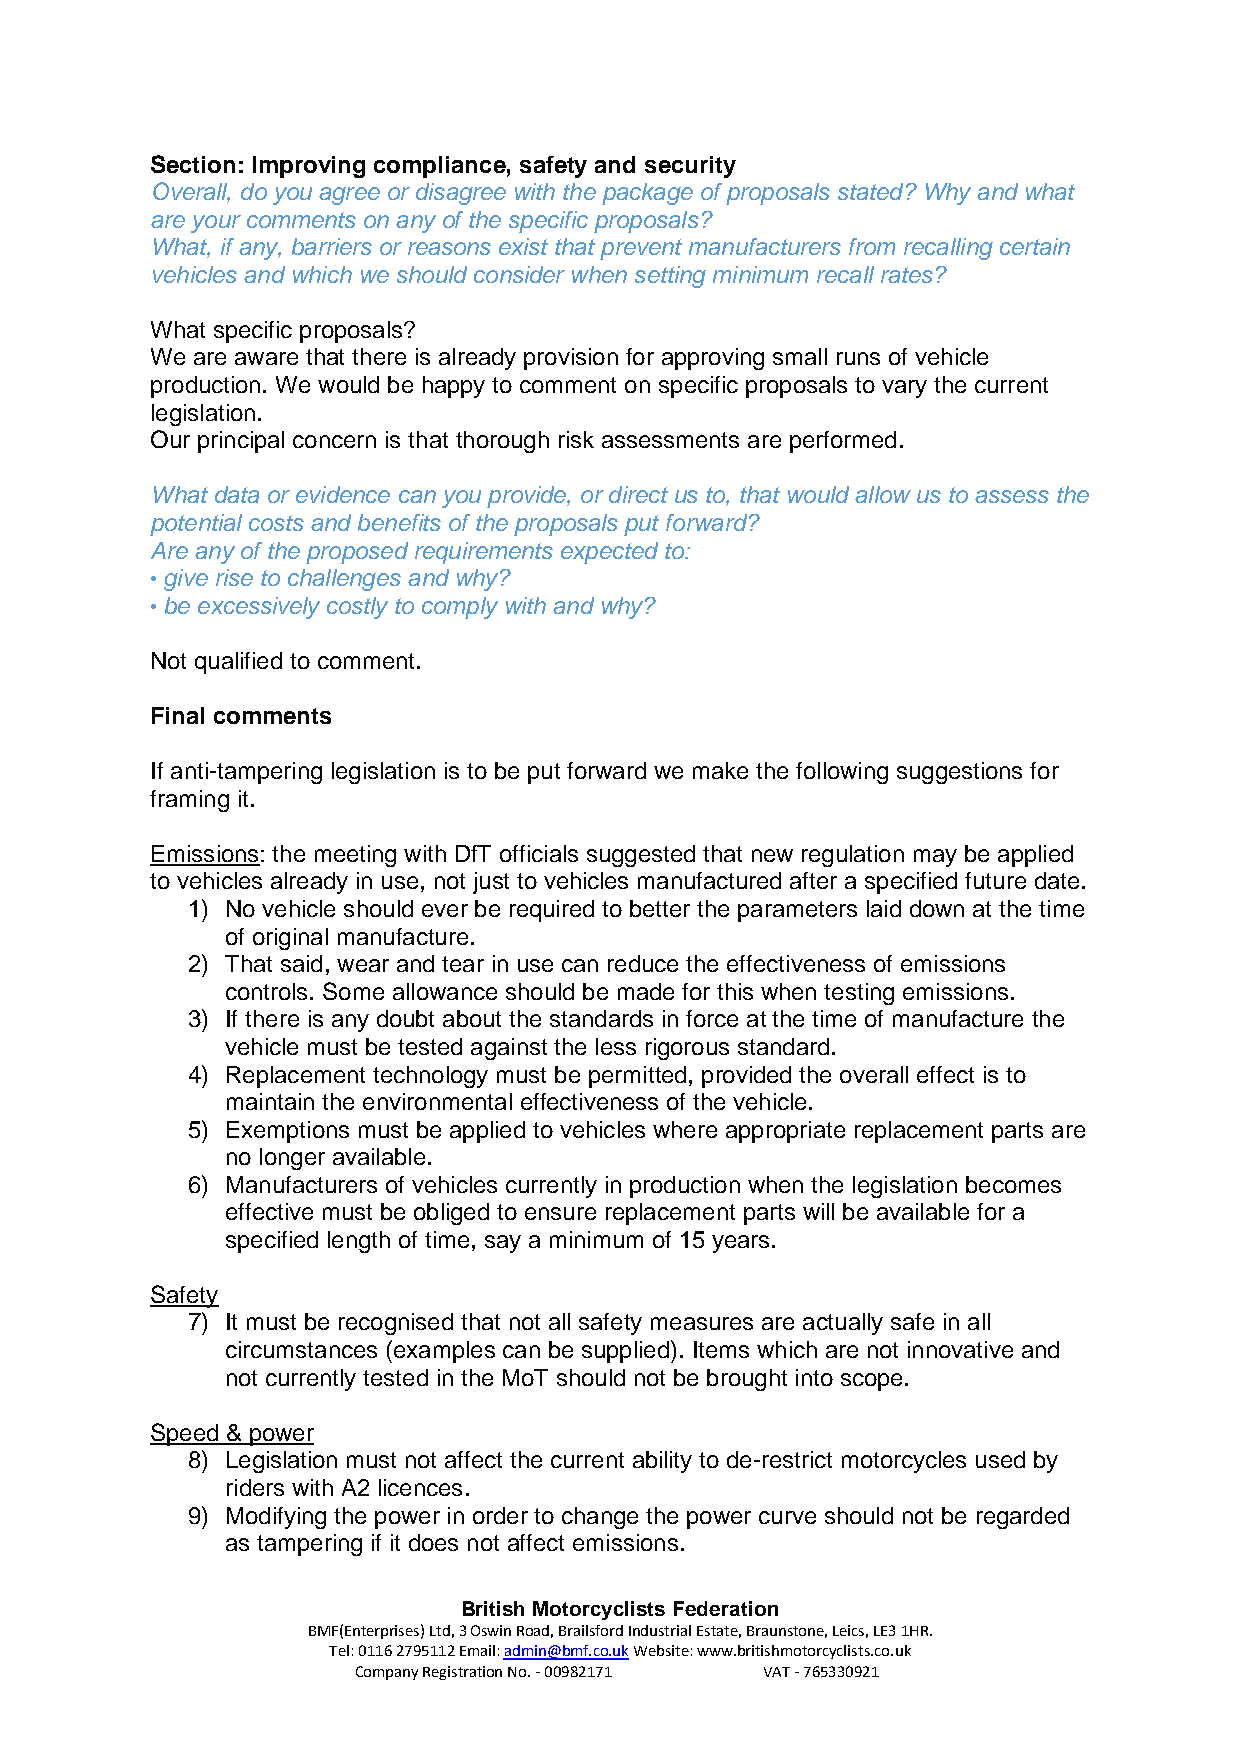
Section: Improving compliance, safety and security
 Overall, do you agree or disagree with the package of proposals stated? Why and what
 are your comments on any of the specific proposals?
 What, if any, barriers or reasons exist that prevent manufacturers from recalling certain
 vehicles and which we should consider when setting minimum recall rates?
 What specific proposals?
 We are aware that there is already provision for approving small runs of vehicle
 production. We would be happy to comment on specific proposals to vary the current
 legislation.
 Our principal concern is that thorough risk assessments are performed.
 What data or evidence can you provide, or direct us to, that would allow us to assess the
 potential costs and benefits of the proposals put forward?
 Are any of the proposed requirements expected to:
 • give rise to challenges and why?
 • be excessively costly to comply with and why?
 Not qualified to comment.
 Final comments
 If anti-tampering legislation is to be put forward we make the following suggestions for
 framing it.
 Emissions: the meeting with DfT officials suggested that new regulation may be applied
 to vehicles already in use, not just to vehicles manufactured after a specified future date.
 1) No vehicle should ever be required to better the parameters laid down at the time
 of original manufacture.
 2) That said, wear and tear in use can reduce the effectiveness of emissions
 controls. Some allowance should be made for this when testing emissions.
 3) If there is any doubt about the standards in force at the time of manufacture the
 vehicle must be tested against the less rigorous standard.
 4) Replacement technology must be permitted, provided the overall effect is to
 maintain the environmental effectiveness of the vehicle.
 5) Exemptions must be applied to vehicles where appropriate replacement parts are
 no longer available.
 6) Manufacturers of vehicles currently in production when the legislation becomes
 effective must be obliged to ensure replacement parts will be available for a
 specified length of time, say a minimum of 15 years.
 Safety
 7) It must be recognised that not all safety measures are actually safe in all
 circumstances (examples can be supplied). Items which are not innovative and
 not currently tested in the MoT should not be brought into scope.
 Speed & power
 8) Legislation must not affect the current ability to de-restrict motorcycles used by
 riders with A2 licences.
 9) Modifying the power in order to change the power curve should not be regarded
 as tampering if it does not affect emissions.
 British Motorcyclists Federation
 BMF(Enterprises) Ltd, 3 Oswin Road, Brailsford Industrial Estate, Braunstone, Leics, LE3 1HR.
 Tel: 0116 2795112 Email: admin@bmf.co.uk Website: www.britishmotorcyclists.co.uk
 Company Registration No. - 00982171 VAT - 765330921